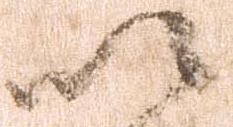
以